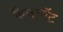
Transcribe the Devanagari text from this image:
कैननॉट